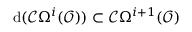
{ \mathrm { d } } ( { \mathcal { C } } \Omega ^ { i } ( { \mathcal { O } } ) ) \subset { \mathcal { C } } \Omega ^ { i + 1 } ( { \mathcal { O } } )